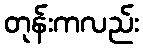
တုန်းကလည်း